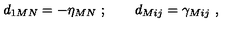
d _ { 1 M N } = - \eta _ { M N } \ ; \qquad d _ { M i j } = \gamma _ { M i j } \ ,